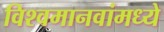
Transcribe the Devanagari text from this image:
विश्वमानवांमध्ये